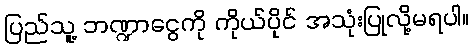
ပြည်သူ့ ဘဏ္ဍာငွေကို ကိုယ်ပိုင် အသုံးပြုလို့မရပါ။